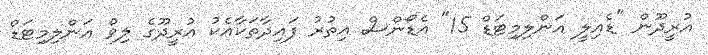
އުރީދޫން "ޑެއިލީ އަންލިމިޓަޑް 15" އެޑޯންސް އިތުރު ފައިދާތަކާއެކު އުރީދޫގެ ލިވް އަންލިމިޓަޑް